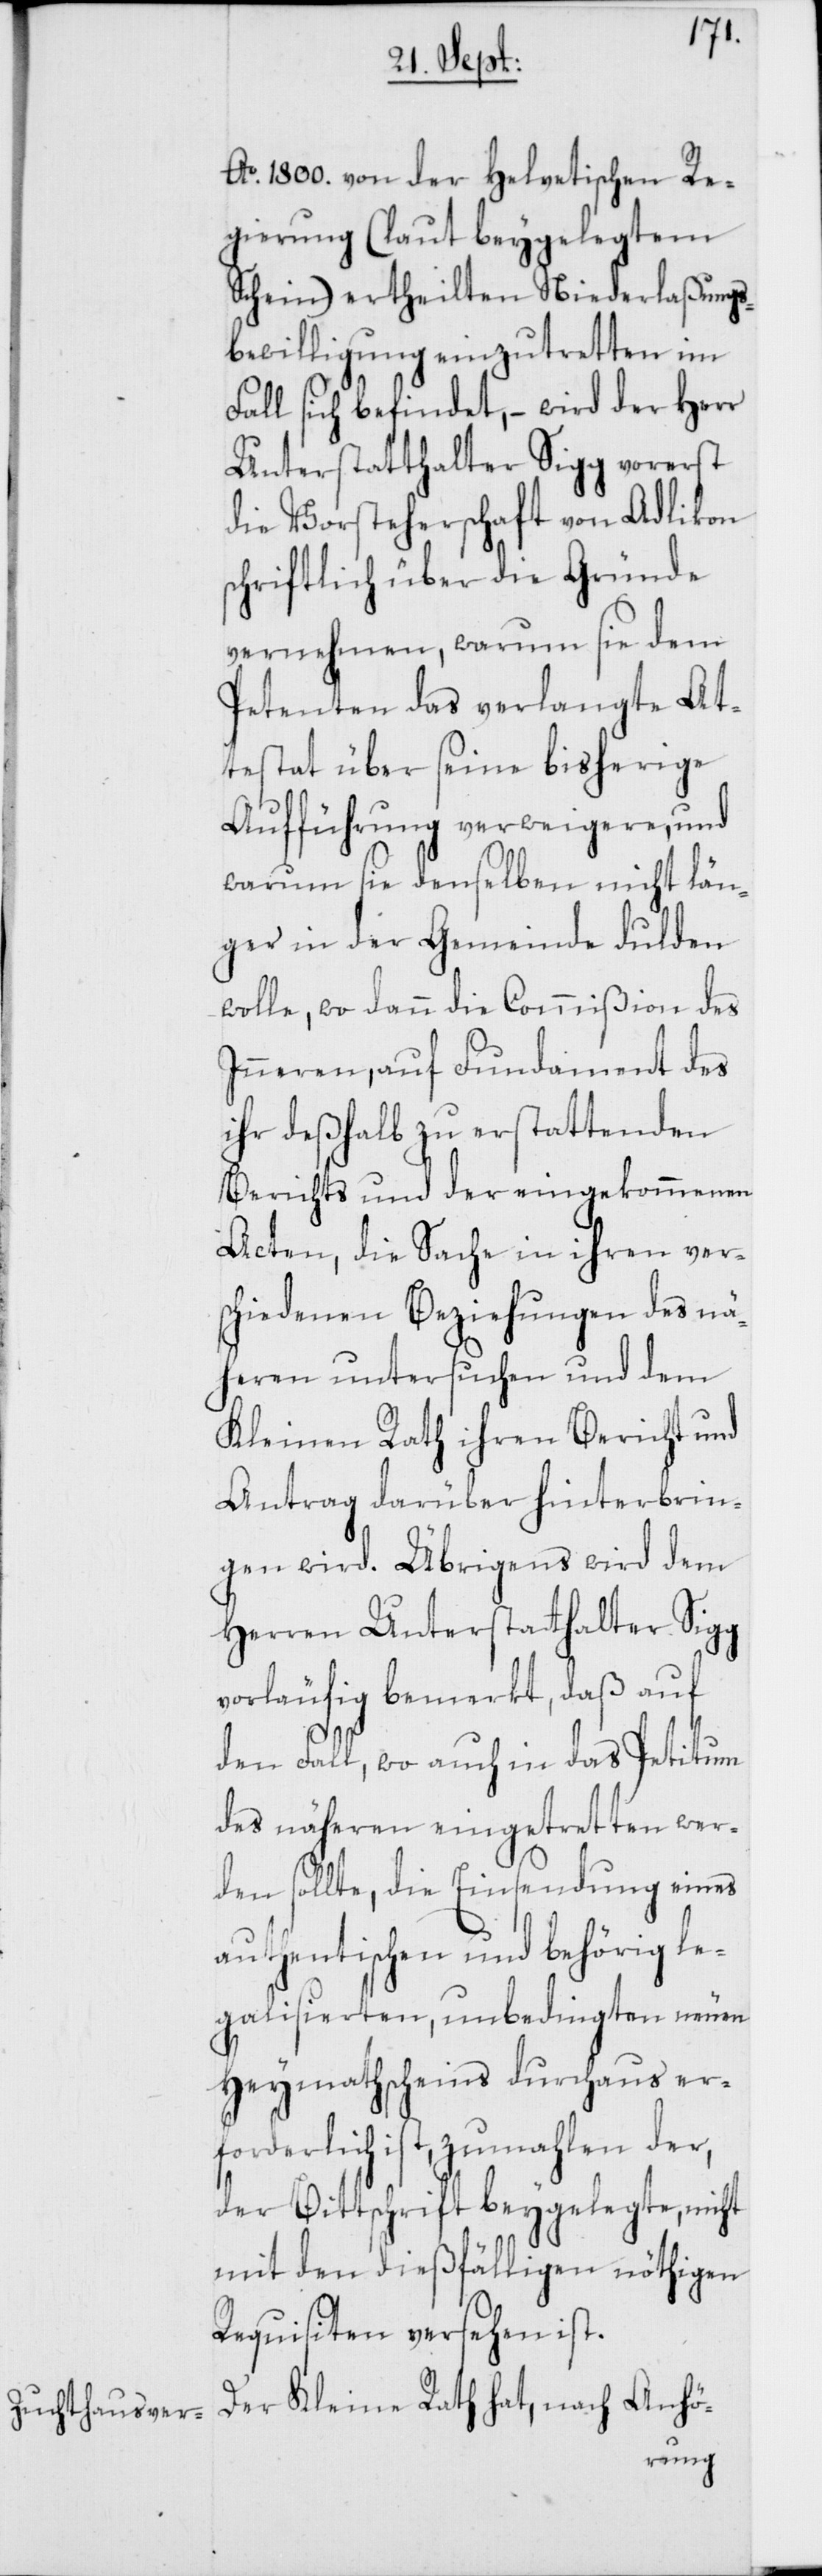
Ao. 1800. von der Helvetischen Re¬
gierung (laut beygelegtem
Schein) ertheilten Niederlaßungs¬
bewilligung einzutretten im
Fall sich befindet, – wird der Herr
Unterstatthalter Sigg vorerst
die Vorsteherschaft von Adlikon
schriftlich über die Gründe
vernehmen, warum sie dem
Petenten das verlangte At¬
testat über seine bisherige
Aufführung verweigere, und
warum sie denselben nicht län¬
ger in der Gemeinde dulden
wolle, wo dann die Commißion des
Inneren, auf Fundament des
ihr deßhalb zu erstattenden
Berichts und der eingekommenen
Acten, die Sache in ihren vers¬
chiedenen Beziehungen des nä¬
heren untersuchen und dem
Kleinen Rath ihren Bericht und
Antrag darüber hinterbrin¬
gen wird. Übrigens wird dem
Herren Unterstatthalter Sigg
vorläufig bemerkt, daß auf
den Fall, wo auch in das Petitum
des näheren eingetretten wer¬
den sollte, die Einsendung eines
authentischen und behörig le¬
galisierten, unbedingten neuen
Heymathscheins durchaus er¬
forderlich ist, zumahlen der,
der Bittschrift beygelegte, nicht
mit den dießfälligen nöthigen
Requisiten versehen ist.
Der Kleine Rath hat, nach Anhö-